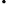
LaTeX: .